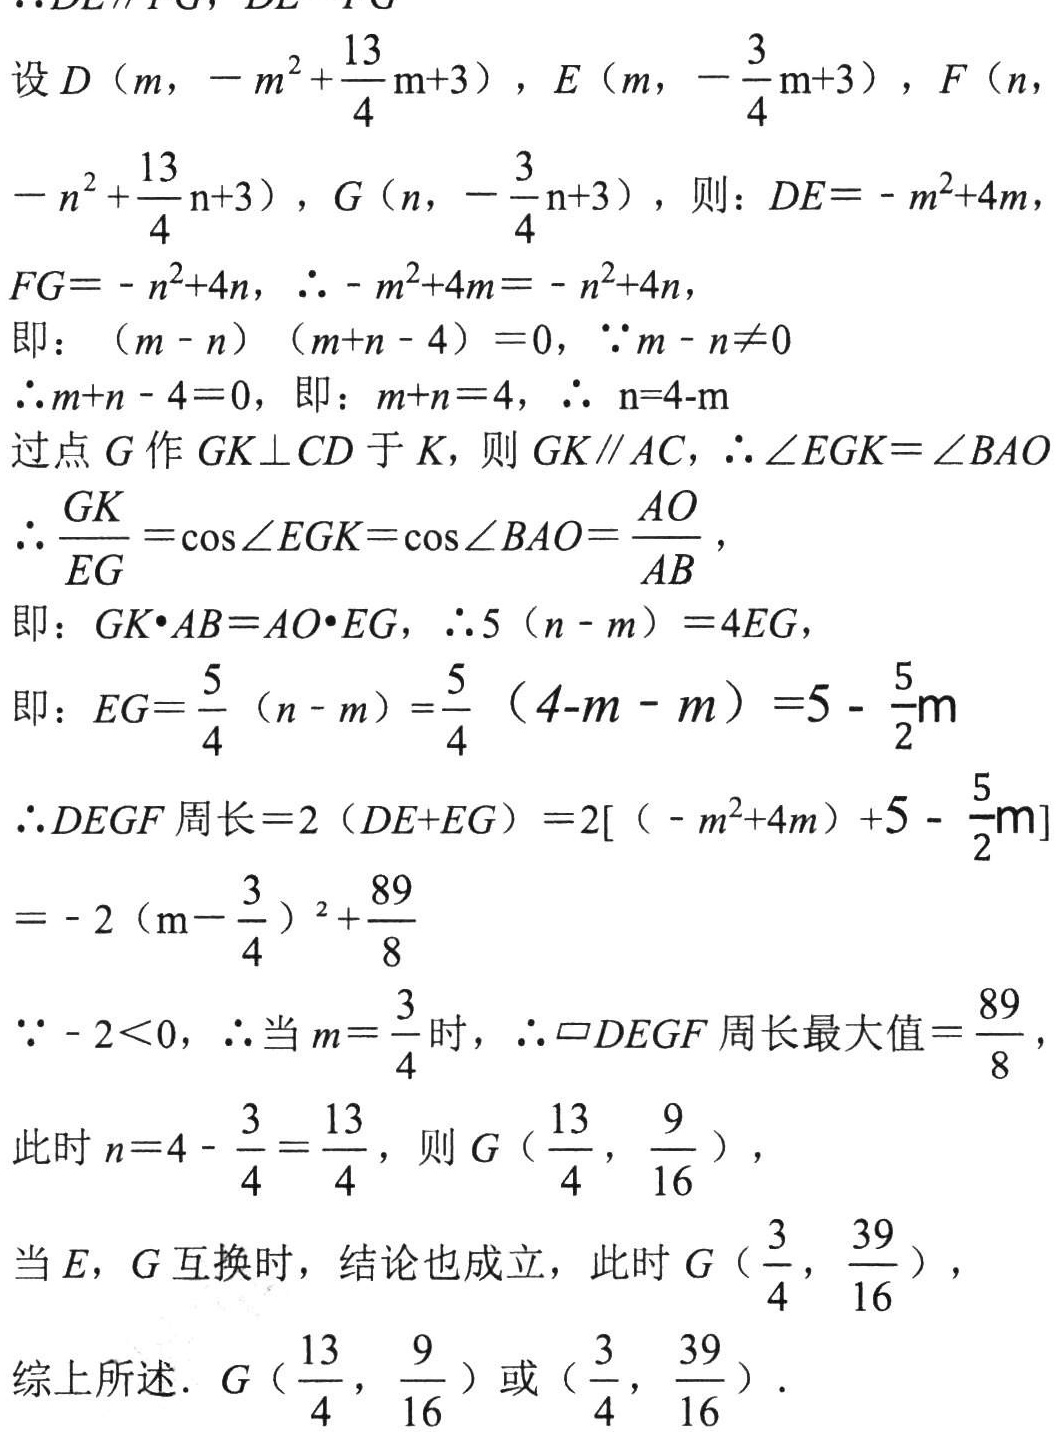
设 \(D\left(m,-m^{2}+\frac{13}{4}m + 3\right)\)，\(E\left(m,-\frac{3}{4}m + 3\right)\)，\(F\left(n,-n^{2}+\frac{13}{4}n + 3\right)\)，\(G\left(n,-\frac{3}{4}n + 3\right)\)，则：\(DE=-m^{2}+4m\)，\(FG=-n^{2}+4n\)，\(\therefore -m^{2}+4m=-n^{2}+4n\)，
即：\((m - n)(m + n - 4)=0\)，\(\because m - n\neq0\)
\(\therefore m + n - 4 = 0\)，即：\(m + n = 4\)，\(\therefore n = 4 - m\)
过点 \(G\) 作 \(GK\perp CD\) 于 \(K\)，则 \(GK\parallel AC\)，\(\therefore\angle EGK=\angle BAO\)
\(\therefore\frac{GK}{EG}=\cos\angle EGK=\cos\angle BAO=\frac{AO}{AB}\)，
即：\(GK\cdot AB = AO\cdot EG\)，\(\therefore5(n - m)=4EG\)，
即：\(EG=\frac{5}{4}(n - m)=\frac{5}{4}(4 - m - m)=5-\frac{5}{2}m\)
\(\therefore DEGF\) 周长 \(=2(DE + EG)=2\left[\left(-m^{2}+4m\right)+5-\frac{5}{2}m\right]\)
\(=-2\left(m-\frac{3}{4}\right)^{2}+\frac{89}{8}\)
\(\because - 2\lt0\)，\(\therefore\) 当 \(m=\frac{3}{4}\) 时，\(\therefore\square DEGF\) 周长最大值 \(=\frac{89}{8}\)，
此时 \(n = 4-\frac{3}{4}=\frac{13}{4}\)，则 \(G\left(\frac{13}{4},\frac{9}{16}\right)\)，
当 \(E\)，\(G\) 互换时，结论也成立，此时 \(G\left(\frac{3}{4},\frac{39}{16}\right)\)，
综上所述．\(G\left(\frac{13}{4},\frac{9}{16}\right)\) 或 \(\left(\frac{3}{4},\frac{39}{16}\right)\)．